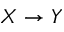
X \to Y